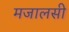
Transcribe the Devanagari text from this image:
मजालसी